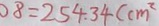
8 = 2 5 4 . 3 4 ( c m ^ { 2 }